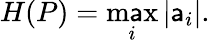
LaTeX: H(P)={\underset{i}{\operatorname*{m\mathsf{a}x}}}\, |\mathsf{a}_{i}|.